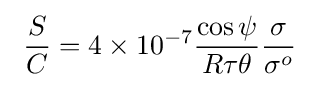
\ {\frac {S}{C}}=4\times 10^{-7}{\frac {\cos \psi }{R\tau \theta }}{\frac {\sigma }{\sigma ^{o}}}